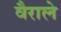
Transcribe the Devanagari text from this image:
वैराले